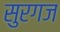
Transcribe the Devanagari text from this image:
सुरगज